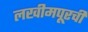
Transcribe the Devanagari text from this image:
लखीमपूरची